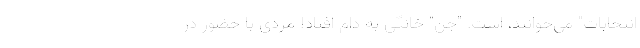
انتخابات" می‌خوانند، است. "جن" خانگی به دام افتاد! مردی با حضور در